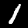
Label: 1